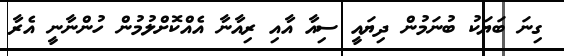
ގިނަ ބަޔަކު ބުނަމުން ދިޔައީ ސިއާ އާއި ރިއާނާ އެއްކޮށްލުމުން ހުންނާނީ އެރާ